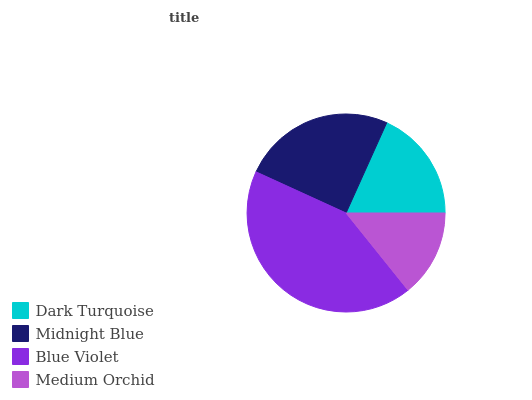
| Dark Turquoise | Midnight Blue | Blue Violet | Medium Orchid |
 | --- | --- | --- | --- |
 | 18.3% | 24.9% | 42.6% | 14.2% |